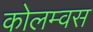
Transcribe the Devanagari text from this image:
कोलम्वस